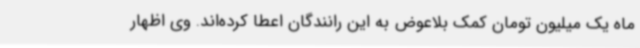
ماه یک میلیون تومان کمک بلاعوض به این رانندگان اعطا کرده‌اند. وی اظهار